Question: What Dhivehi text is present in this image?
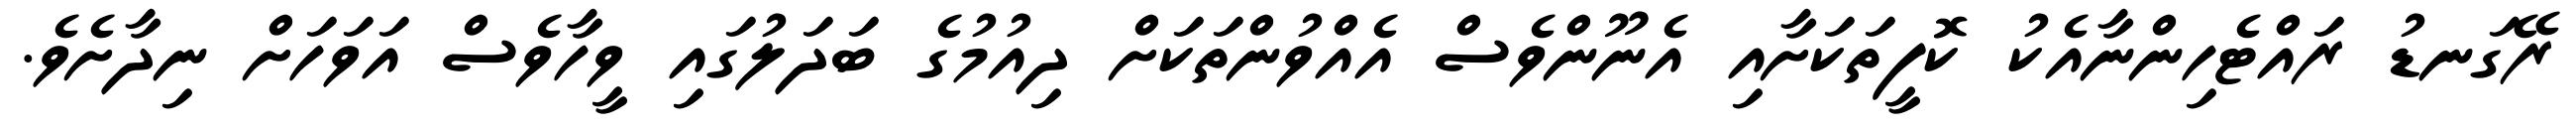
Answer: ރޭގަނޑު ރައްޓެހިންނާއެކު ކޮފީތަކަށާއި އެނޫންވެސް އެއްވުންތަކަށް ދިއުމުގެ ބަދަލުގައި ވީހާވެސް އަވަހަށް ނިދާށެވެ.